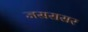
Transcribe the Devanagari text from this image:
जसरासर